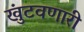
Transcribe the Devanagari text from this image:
खुंटवणारी